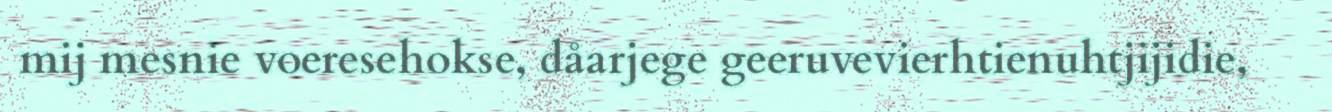
mij mesnie voeresehokse, dåarjege geeruvevierhtienuhtjijidie,